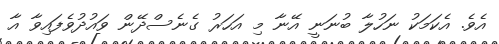
އެވެ. އެކަމަކު ނަހުލާ ބުނަނީ އޭނާ މި އަހަރު ގެނެސްދޭން ވައުދުވެފައިވާ އާ